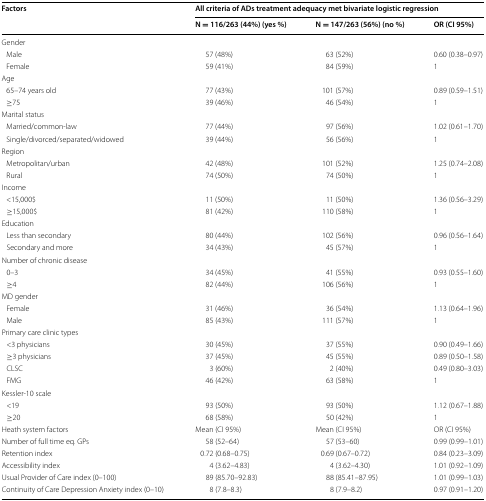
<table><thead><tr><td rowspan="2"><b>Factors</b></td><td colspan="3"><b>All criteria of ADs treatment adequacy met bivariate logistic regression</b></td></tr><tr><td><b>N = 116/263 (44%) (yes %)</b></td><td><b>N = 147/263 (56%) (no %)</b></td><td><b>OR (CI 95%)</b></td></tr></thead><tbody><tr><td colspan="4">Gender</td></tr><tr><td> Male</td><td>57 (48%)</td><td>63 (52%)</td><td>0.60 (0.38–0.97)</td></tr><tr><td> Female</td><td>59 (41%)</td><td>84 (59%)</td><td>1</td></tr><tr><td colspan="4">Age</td></tr><tr><td> 65–74 years old</td><td>77 (43%)</td><td>101 (57%)</td><td>0.89 (0.59–1.51)</td></tr><tr><td> ≥75</td><td>39 (46%)</td><td>46 (54%)</td><td>1</td></tr><tr><td colspan="4">Marital status</td></tr><tr><td> Married/common-law</td><td>77 (44%)</td><td>97 (56%)</td><td>1.02 (0.61–1.70)</td></tr><tr><td> Single/divorced/separated/widowed</td><td>39 (44%)</td><td>56 (56%)</td><td>1</td></tr><tr><td colspan="4">Region</td></tr><tr><td> Metropolitan/urban</td><td>42 (48%)</td><td>101 (52%)</td><td>1.25 (0.74–2.08)</td></tr><tr><td> Rural</td><td>74 (50%)</td><td>74 (50%)</td><td>1</td></tr><tr><td colspan="4">Income</td></tr><tr><td> &lt;15,000$</td><td>11 (50%)</td><td>11 (50%)</td><td>1.36 (0.56–3.29)</td></tr><tr><td> ≥15,000$</td><td>81 (42%)</td><td>110 (58%)</td><td>1</td></tr><tr><td colspan="4">Education</td></tr><tr><td> Less than secondary</td><td>80 (44%)</td><td>102 (56%)</td><td>0.96 (0.56–1.64)</td></tr><tr><td> Secondary and more</td><td>34 (43%)</td><td>45 (57%)</td><td>1</td></tr><tr><td colspan="4">Number of chronic disease</td></tr><tr><td> 0–3</td><td>34 (45%)</td><td>41 (55%)</td><td>0.93 (0.55–1.60)</td></tr><tr><td> ≥4</td><td>82 (44%)</td><td>106 (56%)</td><td>1</td></tr><tr><td colspan="4">MD gender</td></tr><tr><td> Female</td><td>31 (46%)</td><td>36 (54%)</td><td>1.13 (0.64–1.96)</td></tr><tr><td> Male</td><td>85 (43%)</td><td>111 (57%)</td><td>1</td></tr><tr><td colspan="4">Primary care clinic types</td></tr><tr><td> &lt;3 physicians</td><td>30 (45%)</td><td>37 (55%)</td><td>0.90 (0.49–1.66)</td></tr><tr><td> ≥3 physicians</td><td>37 (45%)</td><td>45 (55%)</td><td>0.89 (0.50–1.58)</td></tr><tr><td> CLSC</td><td>3 (60%)</td><td>2 (40%)</td><td>0.49 (0.80–3.03)</td></tr><tr><td> FMG</td><td>46 (42%)</td><td>63 (58%)</td><td>1</td></tr><tr><td colspan="4">Kessler-10 scale</td></tr><tr><td> &lt;19</td><td>93 (50%)</td><td>93 (50%)</td><td>1.12 (0.67–1.88)</td></tr><tr><td> ≥20</td><td>68 (58%)</td><td>50 (42%)</td><td>1</td></tr><tr><td>Heath system factors</td><td>Mean (CI 95%)</td><td>Mean (CI 95%)</td><td>OR (CI 95%)</td></tr><tr><td>Number of full time eq. GPs</td><td>58 (52–64)</td><td>57 (53–60)</td><td>0.99 (0.99–1.01)</td></tr><tr><td>Retention index</td><td>0.72 (0.68–0.75)</td><td>0.69 (0.67–0.72)</td><td>0.84 (0.23–3.09)</td></tr><tr><td>Accessibility index</td><td>4 (3.62–4.83)</td><td>4 (3.62–4.30)</td><td>1.01 (0.92–1.09)</td></tr><tr><td>Usual Provider of Care index (0–100)</td><td>89 (85.70–92.83)</td><td>88 (85.41–87.95)</td><td>1.01 (0.99–1.03)</td></tr><tr><td>Continuity of Care Depression Anxiety index (0–10)</td><td>8 (7.8–8.3)</td><td>8 (7.9–8.2)</td><td>0.97 (0.91–1.20)</td></tr></tbody></table>